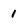
Character: 1